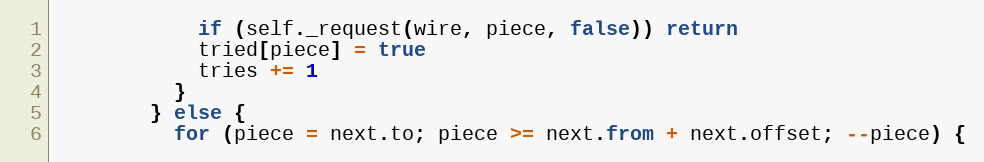
Language: JavaScript
            if (self._request(wire, piece, false)) return
            tried[piece] = true
            tries += 1
          }
        } else {
          for (piece = next.to; piece >= next.from + next.offset; --piece) {